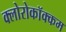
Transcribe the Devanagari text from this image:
क्लोरोकॉक्कम